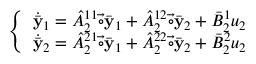
\left\{ \begin{array} { l } { \dot { \bar { \mathbf { y } } } _ { 1 } = \hat { A } _ { 2 } ^ { 1 1 } \vec { \circ } \bar { \mathbf { y } } _ { 1 } + \hat { A } _ { 2 } ^ { 1 2 } \vec { \circ } \bar { \mathbf { y } } _ { 2 } + \bar { B } _ { 2 } ^ { 1 } u _ { 2 } } \\ { \dot { \bar { \mathbf { y } } } _ { 2 } = \hat { A } _ { 2 } ^ { 2 1 } \vec { \circ } \bar { \mathbf { y } } _ { 1 } + \hat { A } _ { 2 } ^ { 2 2 } \vec { \circ } \bar { \mathbf { y } } _ { 2 } + \bar { B } _ { 2 } ^ { 2 } u _ { 2 } } \end{array} \right.